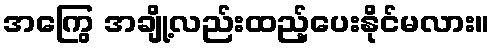
အကြွေ အချို့လည်းထည့်ပေးနိုင်မလား။